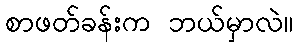
စာဖတ်ခန်းက ဘယ်မှာလဲ။